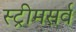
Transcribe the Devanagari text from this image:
स्ट्रीमसर्व